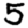
Digit: 5